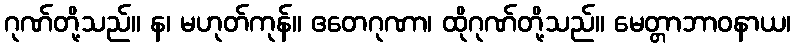
ဂုဏ်တို့သည်။ န၊ မဟုတ်ကုန်။ ဧတေဂုဏာ၊ ထိုဂုဏ်တို့သည်။ မေတ္တာဘာဝနာယ၊